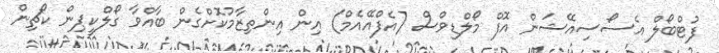
ފުޓްބޯލް އެސޯސިއޭޝަން އޮފް މޯލްޑިވްސް (އެފްއޭއެމް) އިން އިންތިޒާމުކޮށްގެން ބާއްވާ ގޯލްކީޕިން ކޯޗިން